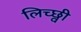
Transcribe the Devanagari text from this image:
लिच्छ्वी